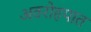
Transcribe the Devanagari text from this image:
अवरोहपात